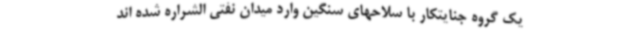
یک گروه جنایتکار با سلاحهای سنگین وارد میدان نفتی الشراره شده اند